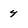
Character: 4